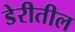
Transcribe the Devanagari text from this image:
डेरीतील